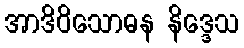
အာဒိဝိသောဓန နိဒ္ဒေသ